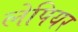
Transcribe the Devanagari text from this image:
लेपियर